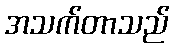
အသက်တာသည်